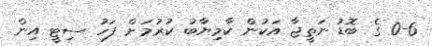
0-6 ގެ ބޮޑު ނަތީޖާ އަކުން ކާމިޔާބު ކުރުމަށް ފަހު ސިޓީ އިން